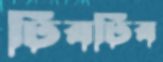
ঢিবঢিব